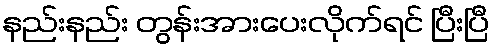
နည်းနည်း တွန်းအားပေးလိုက်ရင် ပြီးပြီ